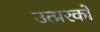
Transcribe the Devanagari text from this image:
उत्प्ररकों